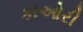
કાઓરી